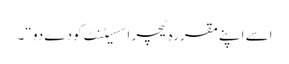
اسے اپنےمقررہ ٹیچر اسسیٹنٹ کودے دو “۔